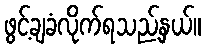
ဖွင့်ချခံလိုက်ရသည့်နှယ်။